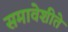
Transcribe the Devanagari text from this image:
समावेशीते